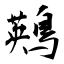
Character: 鶧